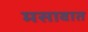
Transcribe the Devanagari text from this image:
मसावात